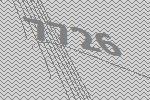
7726